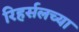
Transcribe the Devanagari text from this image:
रिहर्सलच्या